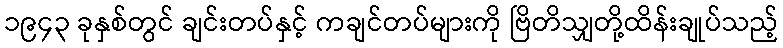
၁၉၄၃ ခုနှစ်တွင် ချင်းတပ်နှင့် ကချင်တပ်များကို ဗြိတိသျှတို့ထိန်းချုပ်သည့်